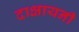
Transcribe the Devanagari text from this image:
दाक्षायनी